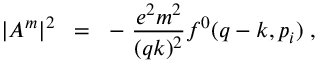
| A ^ { m } | ^ { 2 } \; \; = \; \; - \; \frac { e ^ { 2 } m ^ { 2 } } { ( q k ) ^ { 2 } } f ^ { 0 } ( q - k , p _ { i } ) \; ,